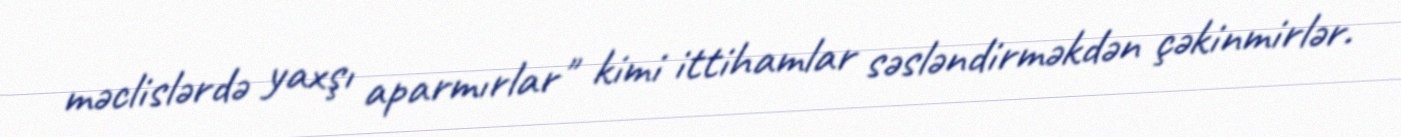
məclislərdə yaxşı aparmırlar" kimi ittihamlar səsləndirməkdən çəkinmirlər.